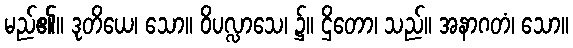
မည်၏။ ဒုတိယေ၊ သော။ ဝိပလ္လာသေ၊ ၌။ ဌိတော၊ သည်။ အနာဂတံ၊ သော။